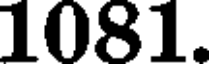
1081.